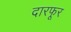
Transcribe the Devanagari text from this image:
दारफूर